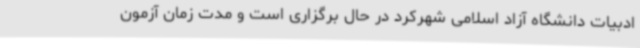
ادبیات دانشگاه آزاد اسلامی شهرکرد در حال برگزاری است و مدت زمان آزمون